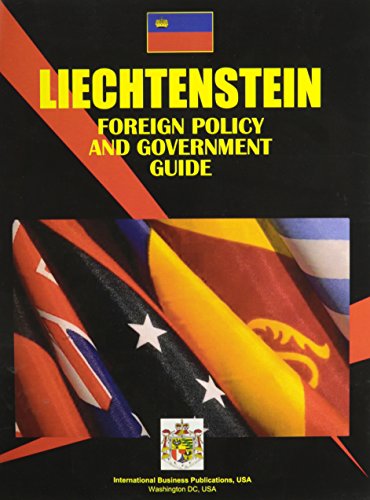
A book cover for Liechtenstein Foreign Policy And Government Guide; Ibp Usa; Travel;